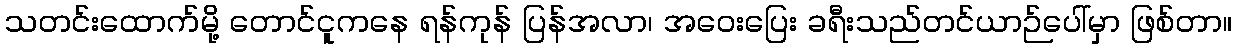
သတင်းထောက်မို့ တောင်ငူကနေ ရန်ကုန် ပြန်အလာ၊ အဝေးပြေး ခရီးသည်တင်ယာဉ်ပေါ်မှာ ဖြစ်တာ။